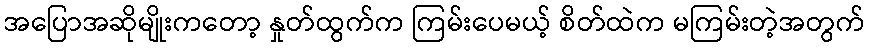
အပြောအဆိုမျိုးကတော့ နှုတ်ထွက်က ကြမ်းပေမယ့် စိတ်ထဲက မကြမ်းတဲ့အတွက်